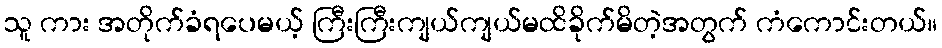
သူ ကား အတိုက်ခံရပေမယ့် ကြီးကြီးကျယ်ကျယ်မထိခိုက်မိတဲ့အတွက် ကံကောင်းတယ်။